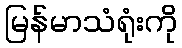
မြန်မာသံရုံးကို